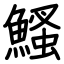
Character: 鰠